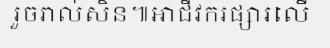
រួចរាល់សិន៕អាជីវករផ្សារលើ